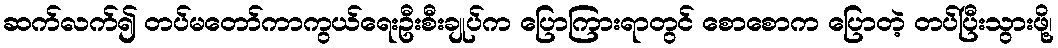
ဆက်လက်၍ တပ်မတော်ကာကွယ်ရေးဦးစီးချုပ်က ပြောကြားရာတွင် စောစောက ပြောတဲ့ တပ်ပြီးသွားဖို့၊